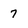
Character: 7